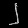
Digit: ၂